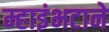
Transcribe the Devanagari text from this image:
म्हाइंभटाने